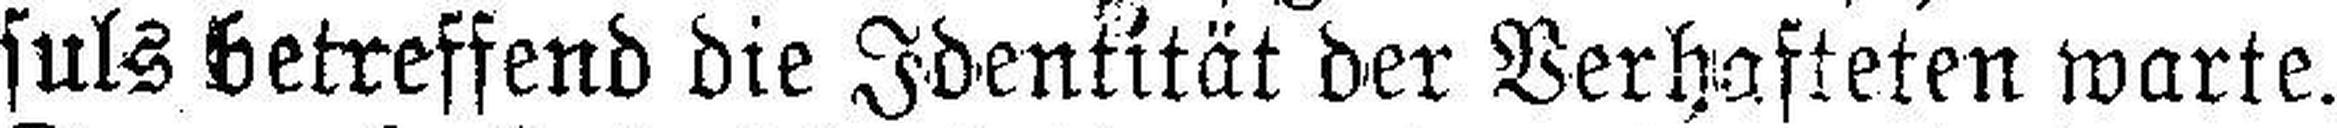
suls betreffend die Identität der Verhafteten warte.